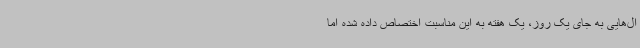
ال‌هایی به جای یک روز، یک هفته به این مناسبت اختصاص داده شده اما